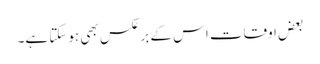
بعض اوقات اس کے برعکس بھی ہوسکتا ہے۔